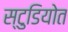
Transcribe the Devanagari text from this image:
स्टुडियोत